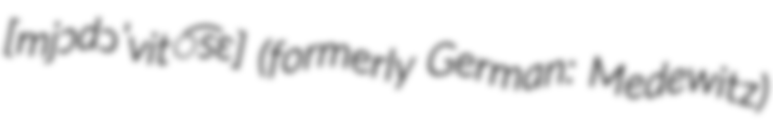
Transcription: [mjɔdɔˈvit͡sɛ] (formerly German: Medewitz)